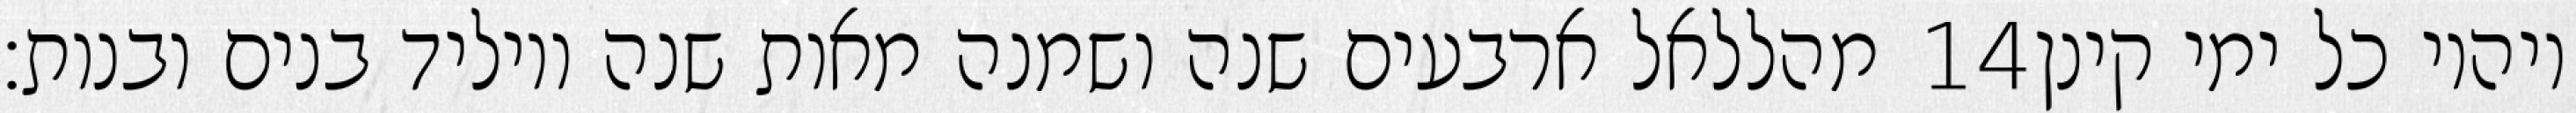
מהללאל ארבעים שנה ושמנה מאות שנה ויוליד בנים ובנות׃ ‎14‏ ויהיו כל ימי קינן